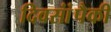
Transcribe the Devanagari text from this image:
दिवसांंपैकी